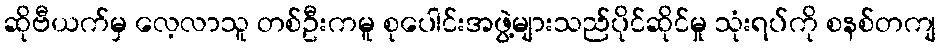
ဆိုဗီယက်မှ လေ့လာသူ တစ်ဦးကမူ စုပေါင်းအဖွဲ့များသည်ပိုင်ဆိုင်မှု သုံးရပ်ကို စနစ်တကျ